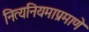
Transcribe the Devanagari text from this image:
नित्यनियमाप्रमाणे